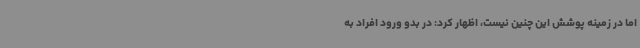
اما در زمینه پوشش این چنین نیست، اظهار کرد: در بدو ورود افراد به